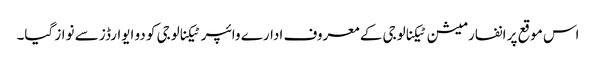
اس موقع پر انفارمیشن ٹیکنالوجی کے معروف ادارے وائپر ٹیکنالوجی کو دو ایوارڈز سے نواز گیا۔